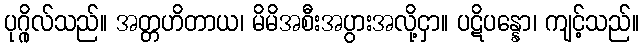
ပုဂ္ဂိုလ်သည်။ အတ္တဟိတာယ၊ မိမိအစီးအပွားအလို့ငှာ။ ပဋိပန္နော၊ ကျင့်သည်။